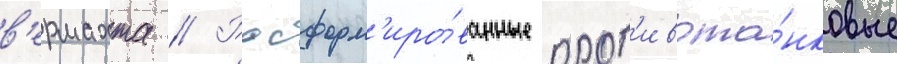
в'ермахта // Расформ'иро́ванные прот'ивота́нковые